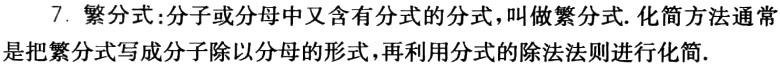
7. 繁分式：分子或分母中又含有分式的分式，叫做繁分式. 化简方法通常是把繁分式写成分 子除以分母的形式，再利用分式的除法法则进行化简.